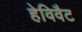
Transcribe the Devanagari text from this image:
हेविवैट